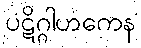
ပဋိဂ္ဂါဟကေန